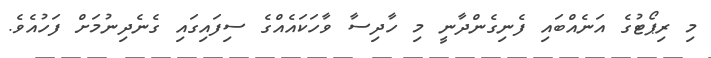
މި ރިޕޯޓުގެ އަނެއްބައި ފެނިގެންދާނީ މި ހާދިސާ ވާހަކައެއްގެ ސިފައިގައި ގެނެދިނުމަށް ފަހުއެވެ.